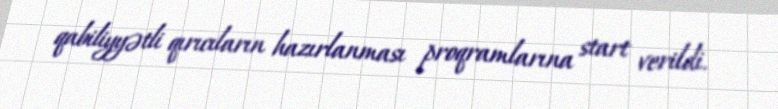
qabiliyyətli qırıcıların hazırlanması proqramlarına start verildi.